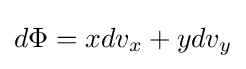
d\Phi =xdv_{x}+ydv_{y}